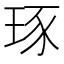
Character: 𤥨